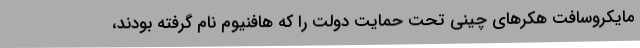
مایکروسافت هکرهای چینی تحت حمایت دولت را که هافنیوم نام گرفته بودند،